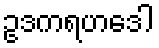
ဥဒကရဟဒေါ